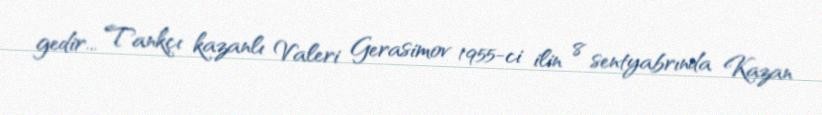
gedir... Tankçı kazanlı Valeri Gerasimov 1955-ci ilin 8 sentyabrında Kazan